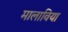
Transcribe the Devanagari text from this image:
मालाविया